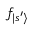
f _ { | s ^ { \prime } \rangle }